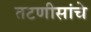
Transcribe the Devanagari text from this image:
तटणीसांचे